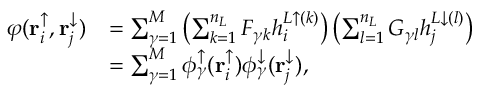
\begin{array} { r l } { \varphi ( \mathbf { r } _ { i } ^ { \uparrow } , \mathbf { r } _ { j } ^ { \downarrow } ) } & { = \sum _ { \gamma = 1 } ^ { M } \left( \sum _ { k = 1 } ^ { n _ { L } } F _ { \gamma k } h _ { i } ^ { L \uparrow ( k ) } \right) \left( \sum _ { l = 1 } ^ { n _ { L } } G _ { \gamma l } h _ { j } ^ { L \downarrow ( l ) } \right) } \\ & { = \sum _ { \gamma = 1 } ^ { M } \phi _ { \gamma } ^ { \uparrow } ( \mathbf { r } _ { i } ^ { \uparrow } ) \phi _ { \gamma } ^ { \downarrow } ( \mathbf { r } _ { j } ^ { \downarrow } ) , } \end{array}